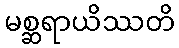
မစ္ဆရာယိဿတိ